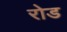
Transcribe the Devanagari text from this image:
रोड